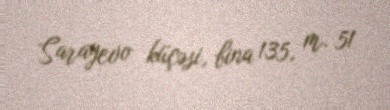
Sarayevo küçəsi, bina 135, m. 51